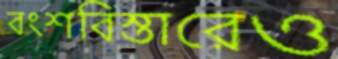
বংশবিস্তারেও